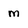
Character: m